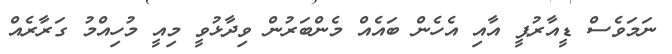
ނަމަވެސް ޑީއާރުޕީ އާއި އެހެން ބައެއް މެންބަރުން ވިދާޅުވީ މިއީ މުހިއްމު ގަރާރެއް